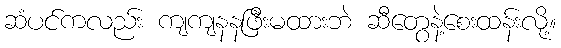
ဆံပင်ကလည်း ကျကျနနဖြီးမထားဘဲ ဆီတွေနဲ့စေးထန်းလို့။